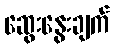
ဆွေးနွေးချက်